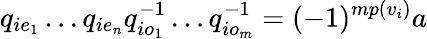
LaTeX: q_{ie_{1}}\dots q_{ie_{n}}q_{io_{1}}^{-1}\dots q_{io_{m}}^{-1}=(-1)^{mp(v_{i})}a